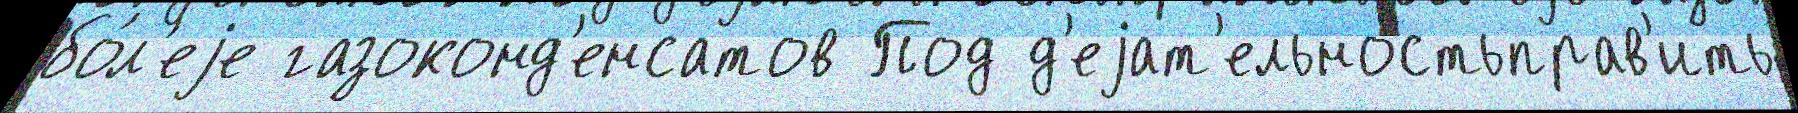
бо́л'еjе газоконд'енсатов Под д'еjат'ельностьправ'ить